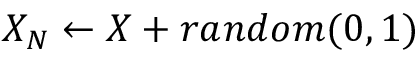
X _ { N } \gets X + r a n d o m ( 0 , 1 )